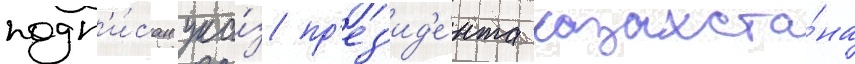
подп'и́сан ука́з пр'ез'ид'е́нта казахста́на